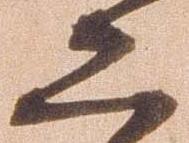
二